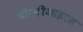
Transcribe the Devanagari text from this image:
पीएटीआइएस